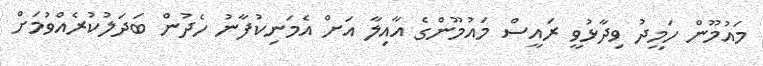
މައުމޫން ހަމީދު ވިދާޅުވީ ރައީސް މައުމޫންގެ އާއިލާ އަށް އެމަނިކުފާނު ހެދުން ބަދަލުކުރެއްވުމަށް